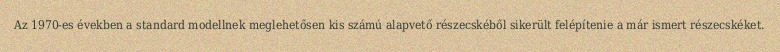
Az 1970-es években a standard modellnek meglehetősen kis számú alapvető részecskéből sikerült felépítenie a már ismert részecskéket.